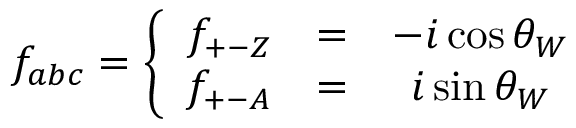
{ f } _ { a b c } = \left\{ \begin{array} { c c c } { { { f } _ { + - Z } } } & { { = } } & { { - i \cos \theta _ { W } } } \\ { { { f } _ { + - A } } } & { { = } } & { { i \sin \theta _ { W } } } \end{array} \right.